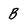
Character: B